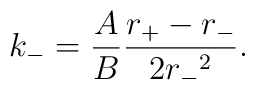
k_- = \frac{A}{B}\frac{r_+ - r_-}{2{r_-}^2}.